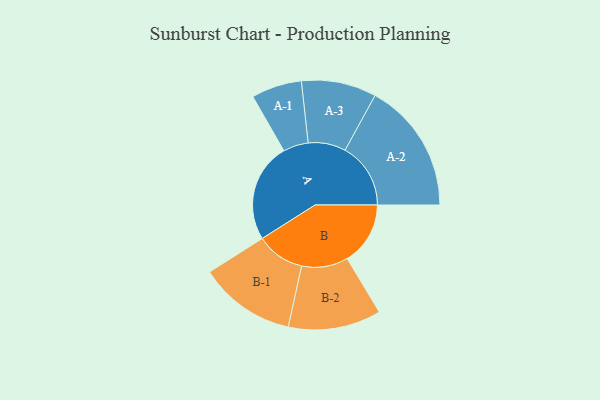
{"axis": {"x": "Segment", "y": "Value"}, "legend": ["", "A", "B"], "data": [{"x": "A", "y": 444, "type": ""}, {"x": "B", "y": 283, "type": ""}, {"x": "A-1", "y": 113, "type": "A"}, {"x": "A-2", "y": 294, "type": "A"}, {"x": "A-3", "y": 168, "type": "A"}, {"x": "B-1", "y": 217, "type": "B"}, {"x": "B-2", "y": 208, "type": "B"}]}